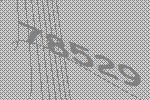
78529